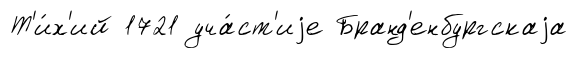
Т'и́х'ий 1721 уча́ст'иjе Бранд'енбургскаjа